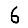
Digit: 6